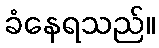
ခံနေရသည်။